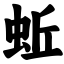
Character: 蚯